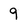
Character: 9